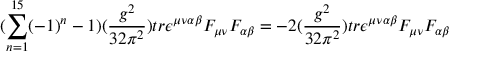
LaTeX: ( \sum _ { n = 1 } ^ { 1 5 } ( - 1 ) ^ { n } - 1 ) ( \frac { g ^ { 2 } } { 3 2 \pi ^ { 2 } } ) t r \epsilon ^ { \mu \nu \alpha \beta } F _ { \mu \nu } F _ { \alpha \beta } = - 2 ( \frac { g ^ { 2 } } { 3 2 \pi ^ { 2 } } ) t r \epsilon ^ { \mu \nu \alpha \beta } F _ { \mu \nu } F _ { \alpha \beta }